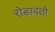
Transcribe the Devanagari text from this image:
रोडावतो